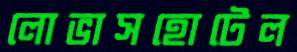
লোভাসহোটেল